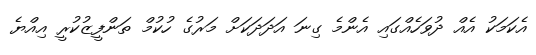
އެކަމަކު އެއް ދުވަހެއްގައި އެންމެ ގިނަ އަދަދަކަށް މަރުގެ ހުކުމް ތަންފީޒުކުރީ އިއްޔެ